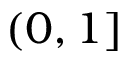
( 0 , 1 ]